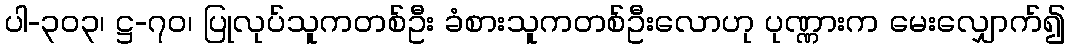
ပါ-၃၀၃၊ ဋ္ဌ-၇၀၊ ပြုလုပ်သူကတစ်ဦး ခံစားသူကတစ်ဦးလောဟု ပုဏ္ဏားက မေးလျှောက်၍